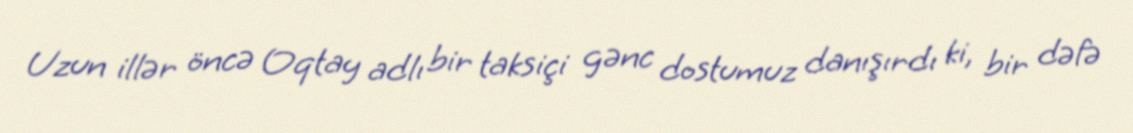
Uzun illər öncə Oqtay adlı bir taksiçi gənc dostumuz danışırdı ki, bir dəfə